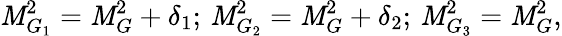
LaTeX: \mathit{M}_{G_{1}}^{2}=\mathit{M}_{G}^{2}+\delta_{1};\, \mathit{M}_{G_{2}}^{2}=\mathit{M}_{G}^{2}+\delta_{2};\, \mathit{M}_{G_{3}}^{2}=\mathit{M}_{G}^{2},